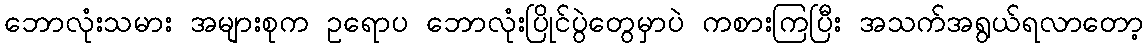
ဘောလုံးသမား အများစုက ဥရောပ ဘောလုံးပြိုင်ပွဲတွေမှာပဲ ကစားကြပြီး အသက်အရွယ်ရလာတော့